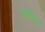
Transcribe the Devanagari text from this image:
गोथिल